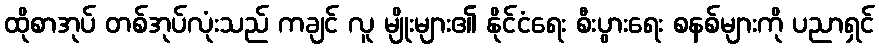
ထိုစာအုပ် တစ်အုပ်လုံးသည် ကချင် လူ မျိုးများ၏ နိုင်ငံရေး စီးပွားရေး စနစ်များကို ပညာရှင်